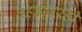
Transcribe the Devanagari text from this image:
दहडावरही